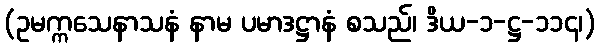
(ဥမက္ကသေနာသနံ နာမ ပမာဒဋ္ဌာနံ စသည်၊ ဒိယ-၁-ဋ္ဌ-၁၁၄၊)